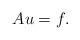
\begin{align*}Au=f.\end{align*}